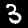
Digit: 3